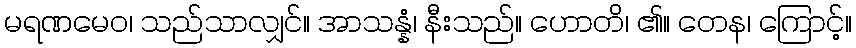
မရဏမေဝ၊ သည်သာလျှင်။ အာသန္နံ၊ နီးသည်။ ဟောတိ၊ ၏။ တေန၊ ကြောင့်။